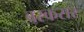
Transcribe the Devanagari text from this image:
बरकरार